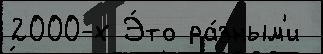
2000-х Э́то ра́зным'и